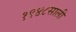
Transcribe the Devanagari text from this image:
१९४८साली